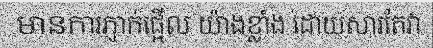
មានការភ្ញាក់ផ្អើល យ៉ាងខ្លាំង ដោយសារតែវា